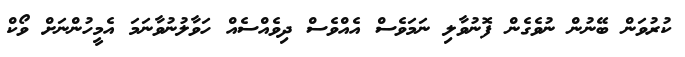
ކުރުވަން ބޭނުން ނުވެގެން ފޮނުވާލި ނަމަވެސް އެއްވެސް ދިވެއްސެއް ހަވާލުނުވާނަމަ އެމީހުންނަށް ވޯކް